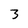
Character: 3